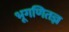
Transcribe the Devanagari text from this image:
भूगणितज्ञ